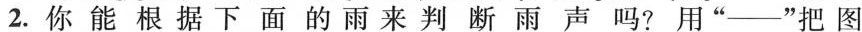
2.你能根据下面的雨来判断雨声吗?用“——”把图